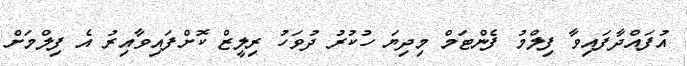
އުފައްދާފައިވާ ފިލްމު ފެންޓަމް މިދިޔަ ހުކުރު ދުވަހު ރިލީޒް ކޮށްފައިވާއިރު އެ ފިލްމަށް